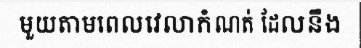
មួយតាមពេលវេលាកំណត់ ដែលនឹង